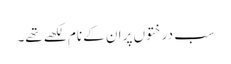
سب درختوں پر ان کے نام لکھے تھے۔